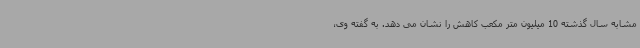
مشابه سال گذشته 10 میلیون متر مکعب کاهش را نشان می دهد. به گفته وی،